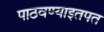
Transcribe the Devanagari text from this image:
पाठवण्याइतपत